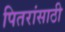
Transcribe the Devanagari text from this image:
पितरांसाठी